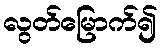
လွတ်မြောက်၍